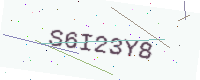
Text: S6I23Y8